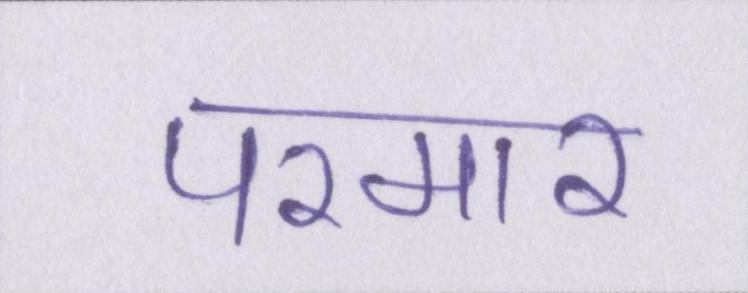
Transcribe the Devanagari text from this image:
परमार